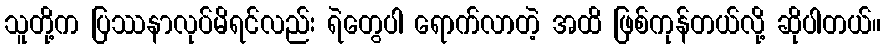
သူတို့က ပြဿနာလုပ်မိရင်လည်း ရဲတွေပါ ရောက်လာတဲ့ အထိ ဖြစ်ကုန်တယ်လို့ ဆိုပါတယ်။